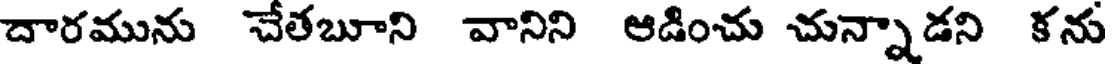
దారమును చేతబూని వానిని ఆడించు చున్నాడని కను